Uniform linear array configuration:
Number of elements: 12
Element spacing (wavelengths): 0.25
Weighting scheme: hann
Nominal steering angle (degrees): -60
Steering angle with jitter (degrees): -61.737
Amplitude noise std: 0.05
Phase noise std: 0.05

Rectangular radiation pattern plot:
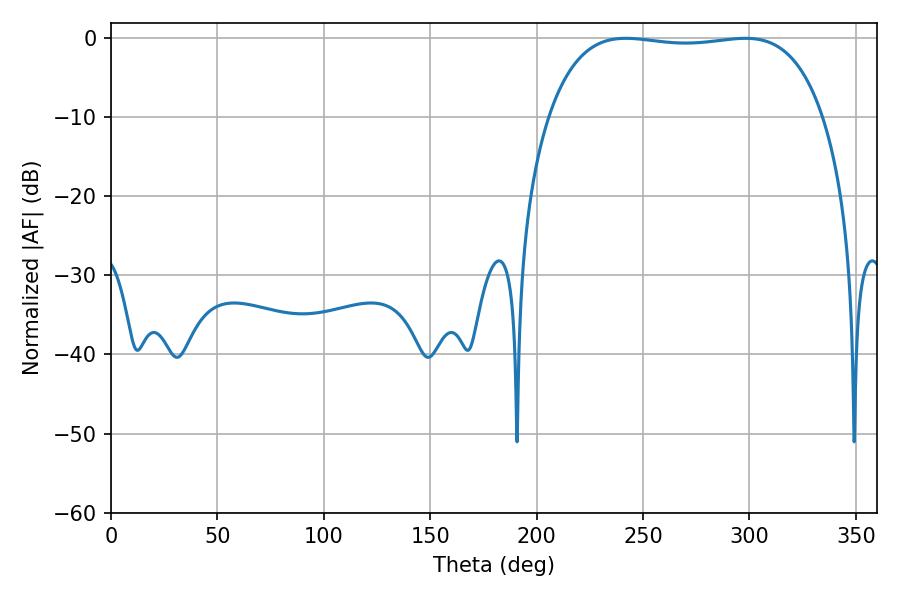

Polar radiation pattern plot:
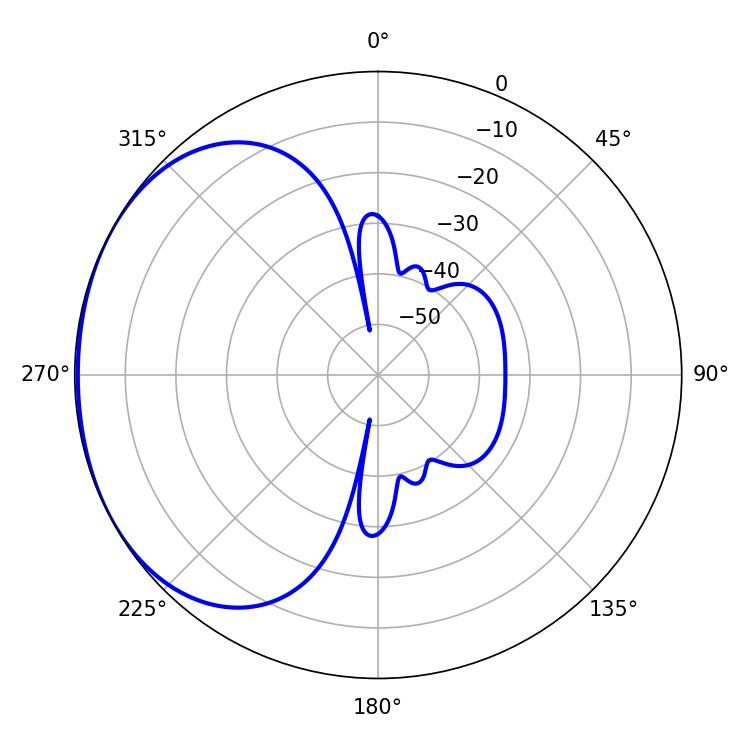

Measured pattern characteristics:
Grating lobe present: FALSE
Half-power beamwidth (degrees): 102.6
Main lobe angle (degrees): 241.92